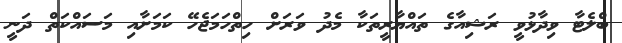
ބްލެޓާ ވިދާޅުވީ ރަޝިއާގެ ތައްޔާރީތަކާ މެދު ވަރަށް ހިތްހަމަޖެހޭ ކަމަށާއި މަސައްކަތް ދަނީ